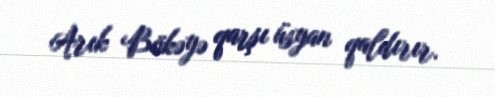
Arık Bökəyə qarşı üsyan qaldırır.